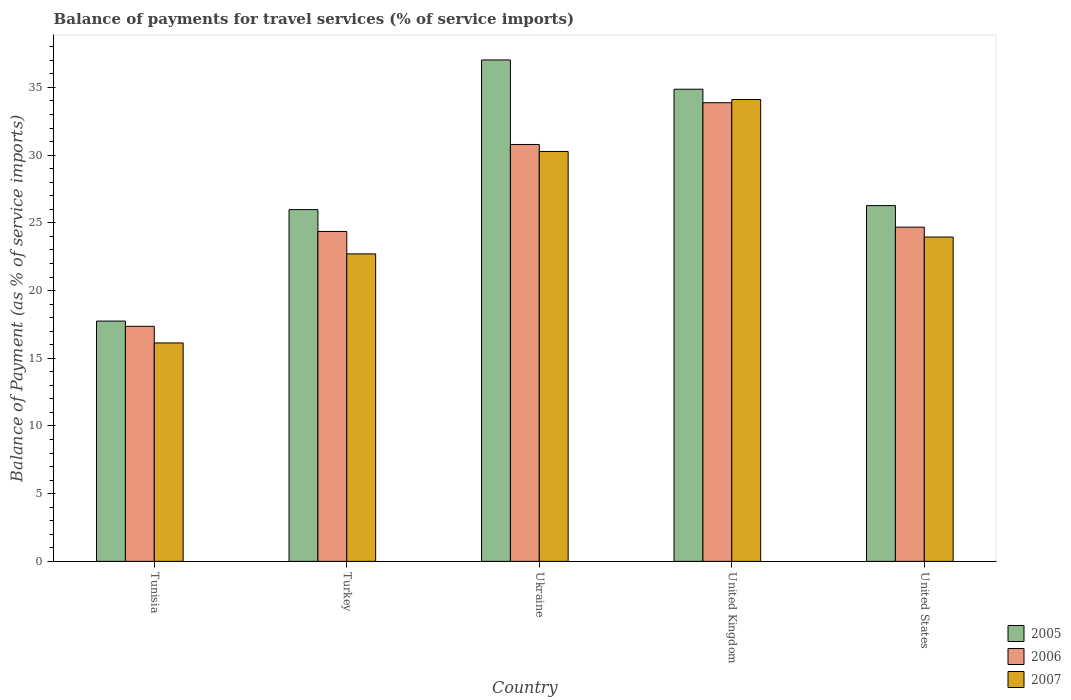
| Country | 2005 | 2006 | 2007 |
 | --- | --- | --- | --- |
 | Tunisia | 17.7 | 17.4 | 16.1 |
 | Turkey | 26 | 24.4 | 22.7 |
 | Ukraine | 37 | 30.8 | 30.3 |
 | United Kingdom | 34.9 | 33.9 | 34.1 |
 | United States | 26.3 | 24.7 | 24 |